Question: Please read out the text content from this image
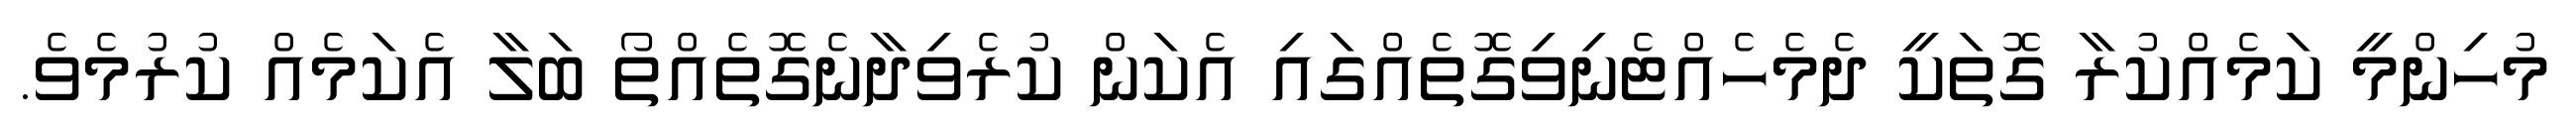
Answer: މުހިންމީ ކަމެއްކުރާ ގޮތަކީ ދެމެހެއްޓެނިވިގޮތެއްގައި އެކަން ކުރެވިދާނެގޮތެއްތޯ ބަލާ އެކަމެއް ކުރުމެވެ.